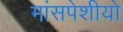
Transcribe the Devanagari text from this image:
मांसपेशीयो